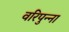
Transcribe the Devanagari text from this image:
वरिपुन्‍ना